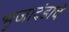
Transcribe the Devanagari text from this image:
भुजादंडाचे